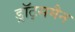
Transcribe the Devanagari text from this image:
ड्रॉट्समैन